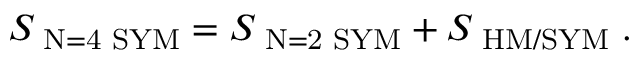
S _ { \mathrm { \scriptsize ~ N = 4 ~ S Y M } } = S _ { \mathrm { \scriptsize ~ N = 2 ~ S Y M } } + S _ { \mathrm { \scriptsize ~ H M / S Y M } } \; .